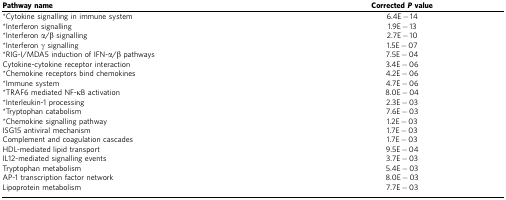
<table><thead><tr><td><b>Pathway name</b></td><td><b>Corrected<i>P</i>value</b></td></tr></thead><tbody><tr><td>*Cytokine signalling in immune system</td><td>6.4E−14</td></tr><tr><td>*Interferon signalling</td><td>1.9E−13</td></tr><tr><td>*Interferon α/β signalling</td><td>2.7E−10</td></tr><tr><td>*Interferon γ signalling</td><td>1.5E−07</td></tr><tr><td>*RIG-I/MDA5 induction of IFN-α/β pathways</td><td>7.5E−04</td></tr><tr><td>Cytokine-cytokine receptor interaction</td><td>3.4E−06</td></tr><tr><td>*Chemokine receptors bind chemokines</td><td>4.2E−06</td></tr><tr><td>*Immune system</td><td>4.7E−06</td></tr><tr><td>*TRAF6 mediated NF-κB activation</td><td>8.0E−04</td></tr><tr><td>*Interleukin-1 processing</td><td>2.3E−03</td></tr><tr><td>*Tryptophan catabolism</td><td>7.6E−03</td></tr><tr><td>*Chemokine signalling pathway</td><td>1.2E−03</td></tr><tr><td>ISG15 antiviral mechanism</td><td>1.7E−03</td></tr><tr><td>Complement and coagulation cascades</td><td>1.7E−03</td></tr><tr><td>HDL-mediated lipid transport</td><td>9.5E−04</td></tr><tr><td>IL12-mediated signalling events</td><td>3.7E−03</td></tr><tr><td>Tryptophan metabolism</td><td>5.4E−03</td></tr><tr><td>AP-1 transcription factor network</td><td>8.0E−03</td></tr><tr><td>Lipoprotein metabolism</td><td>7.7E−03</td></tr></tbody></table>